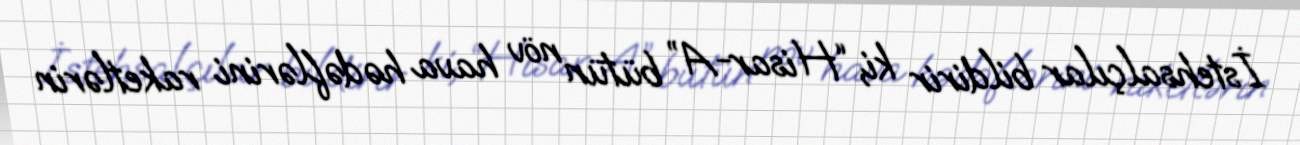
İstehsalçılar bildirir ki, “Hisar-A” bütün növ hava hədəflərini raketlərin